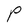
Character: P